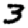
Digit: 3